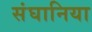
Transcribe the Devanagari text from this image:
संघानिया